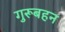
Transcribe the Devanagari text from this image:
गुरूबहन